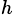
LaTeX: _h